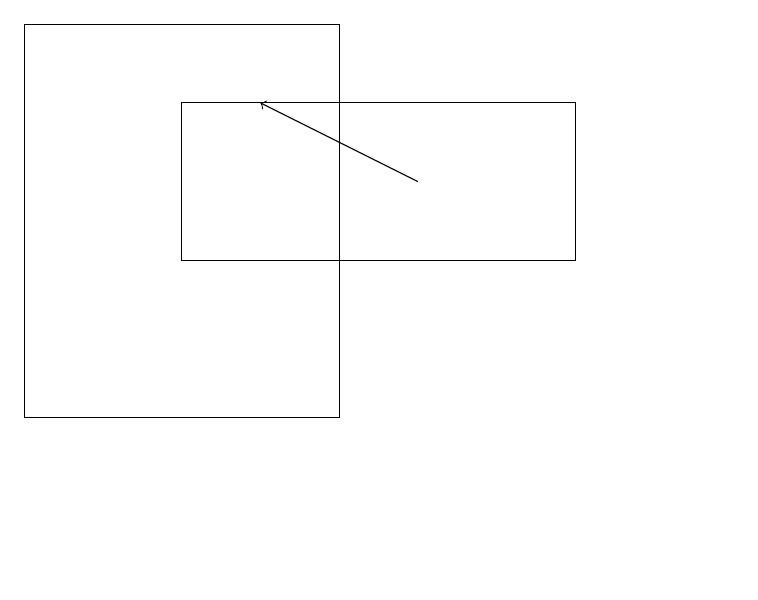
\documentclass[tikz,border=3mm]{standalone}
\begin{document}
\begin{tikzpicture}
\draw (11,10) circle (0);
\draw[->] (7,15) -- (5,16);
\draw (9,16) rectangle (4,14);
\draw (2,12) rectangle (6,17);
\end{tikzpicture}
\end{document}